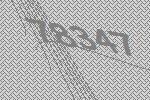
78347